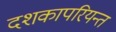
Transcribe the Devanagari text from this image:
दशकापरियन्त